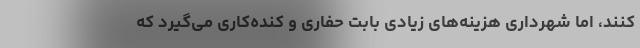
کنند، اما شهرداری هزینه‌های زیادی بابت حفاری و کنده‌کاری می‌گیرد که